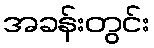
အခန်းတွင်း